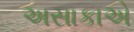
અસાકાએ